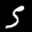
Label: 5